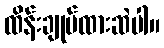
ထိန်းချုပ်ထားဆဲပါ။